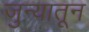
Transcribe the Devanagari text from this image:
जुन्यातून